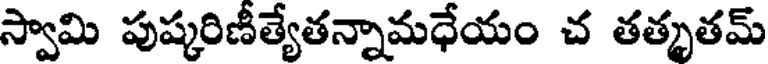
స్వామి పుష్కరిణీత్యేతన్నామధేయం చ తత్కృతమ్